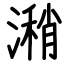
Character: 潲